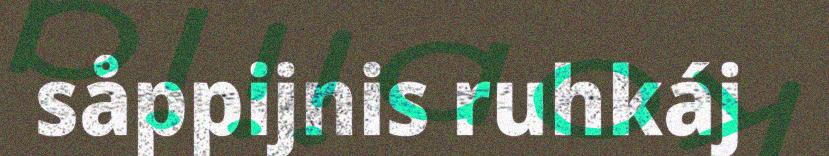
såppijnis ruhkáj